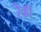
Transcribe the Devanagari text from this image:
रैकी